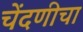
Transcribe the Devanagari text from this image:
चेंदणीचा